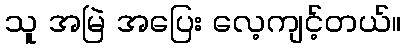
သူ အမြဲ အပြေး လေ့ကျင့်တယ်။